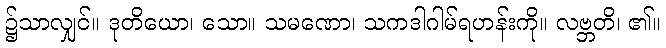
၌သာလျှင်။ ဒုတိယော၊ သော။ သမဏော၊ သကဒါဂါမ်ရဟန်းကို။ လဗ္ဘတိ၊ ၏။